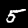
Digit: 5